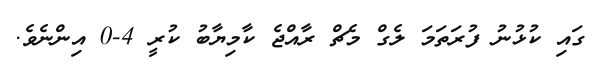
ގައި ކުޅުނު ފުރަތަމަ ލެގް މެޗް ރާއްޖެ ކާމިޔާބު ކުރީ 4-0 އިންނެވެ.